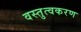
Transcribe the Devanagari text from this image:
वस्तुत्वकरण